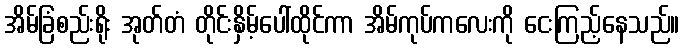
အိမ်ခြံစည်းရိုး အုတ်တံ တိုင်းနှိမ့်ပေါ်ထိုင်ကာ အိမ်ကုပ်ကလေးကို ငေးကြည့်နေသည်။